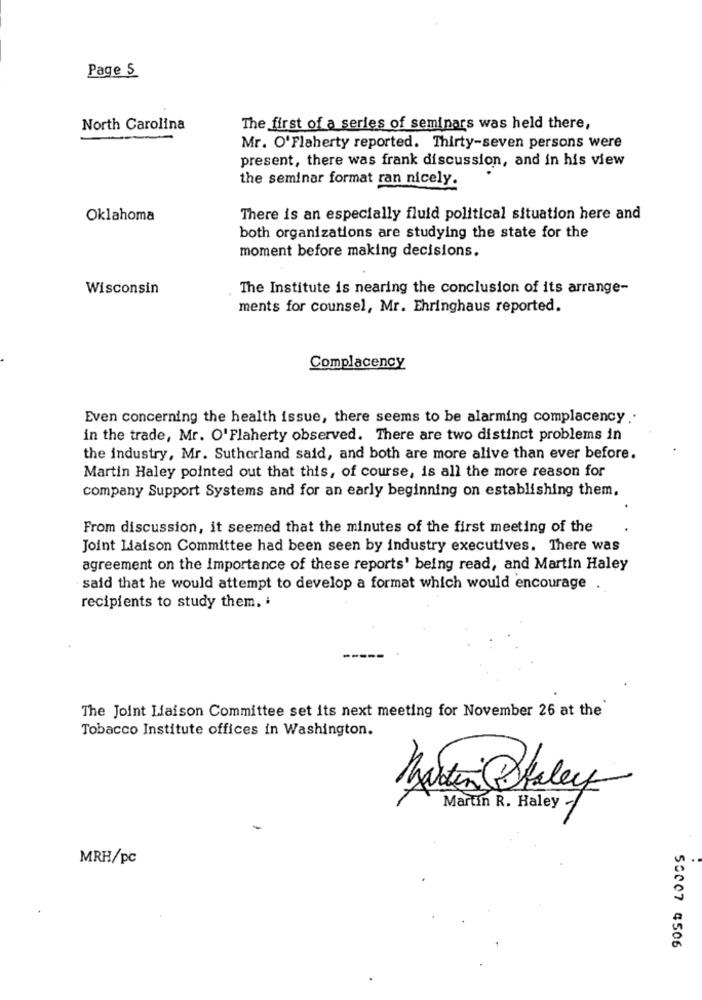
Page 5
North Carolina
The first of a series of seminars was held there,
Mr. O'Flaherty reported. Thirty-seven persons were
present, there was frank discussion, and in his view
the seminar format ran nicely.
Oklahoma
There is an especially fluid political situation here and
both organizations are studying the state for the
moment before making decisions.
Wisconsin
The Institute is nearing the conclusion of its arrange-
ments for counsel, Mr. Ehringhaus reported.
Complacency
Even concerning the health issue, there seems to be alarming complacency ..
in the trade, Mr. O'Flaherty observed. There are two distinct problems in
the industry, Mr. Sutherland said, and both are more alive than ever before.
Martin Haley pointed out that this, of course, is all the more reason for
company Support Systems and for an early beginning on establishing them.
From discussion, it seemed that the minutes of the first meeting of the
Joint Liaison Committee had been seen by industry executives. There was
agreement on the Importance of these reports' being read, and Martin Haley
said that he would attempt to develop a format which would encourage .
recipients to study them. i
The Joint Liaison Committee set its next meeting for November 26 at the
Tobacco Institute offices in Washington.
Martin Staley
Martin R. Haley -
MRH/pc
50007 4506